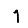
Digit: 1